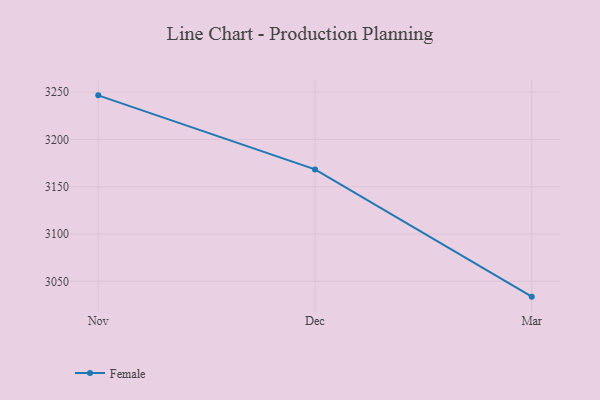
{"axis": {"x": "Month", "y": "Latency (ms)"}, "legend": ["Female"], "data": [{"x": "Nov", "y": 3246.6, "type": "Female"}, {"x": "Dec", "y": 3168.3, "type": "Female"}, {"x": "Mar", "y": 3033.8, "type": "Female"}]}